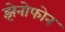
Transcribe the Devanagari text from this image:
झेनोफोन